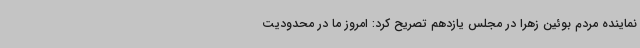
نماینده مردم بوئین زهرا در مجلس یازدهم تصریح کرد: امروز ما در محدودیت